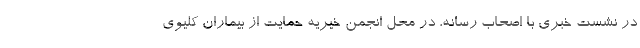
در نشست خبری با اصحاب رسانه، در محل انجمن خیریه حمایت از بیماران کلیوی